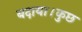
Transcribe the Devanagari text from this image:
बदाया।कुछ